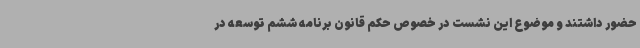
حضور داشتند و موضوع این نشست در خصوص حکم قانون برنامه ششم توسعه در